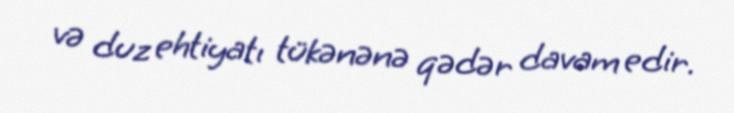
və duz ehtiyatı tükənənə qədər davam edir.